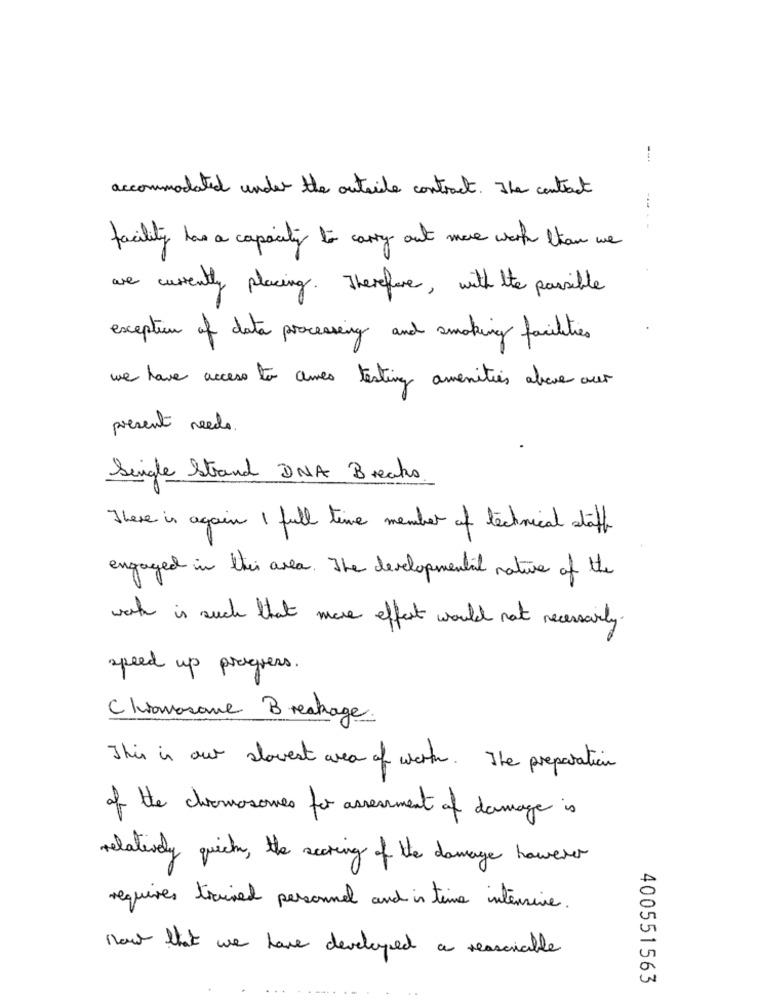
accommodated under the outside contract. The contract
facility has a capacity to carry out more work than we
are currently placing. Therefore , with the possible
exception of data processing and smoking facilities
we have access to ames testing amenities above our
present needs.
Single Strand DNA Breaks.
There is again I full time member of technical staff
engaged in this area . The developmental nature of the
worth is such that more effect would not necessarily.
speed up progress.
Clavosone Breakage
This is our slowest area of worth . The preparation
of the chromosomes for assessment of damage is
relatively quick , the searing of the damage however
requires trained personnel and is time intensive.
now that we have developed a reasonable
400551563